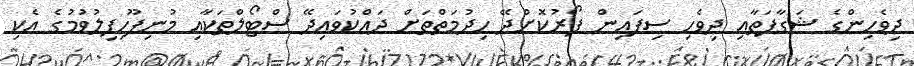
ދިވެހިންގެ ޝަގާފަތާއި ދިވެހި ސިފައިން ފޯރުކޮށްދޭ ހިދުމަތްތަށް ދައްކުވައިދޭ ސްޓޯލްތަކާއި މުނިފޫހިފިލުވުމުގެ އެކި